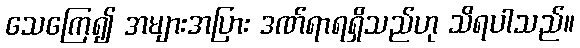
သေကြေ၍ အများအပြား ဒဏ်ရာရရှိသည်ဟု သိရပါသည်။